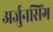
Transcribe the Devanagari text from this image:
अर्जुनसिंग